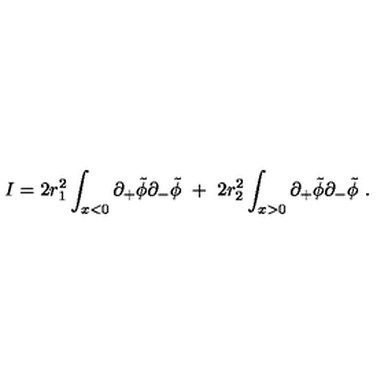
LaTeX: { I } = 2 r _ { 1 } ^ { 2 } \int _ { x < 0 } \partial _ { + } \tilde { \phi } \partial _ { - } \tilde { \phi } \ + \ 2 r _ { 2 } ^ { 2 } \int _ { x > 0 } \partial _ { + } \tilde { \phi } \partial _ { - } \tilde { \phi } \ .